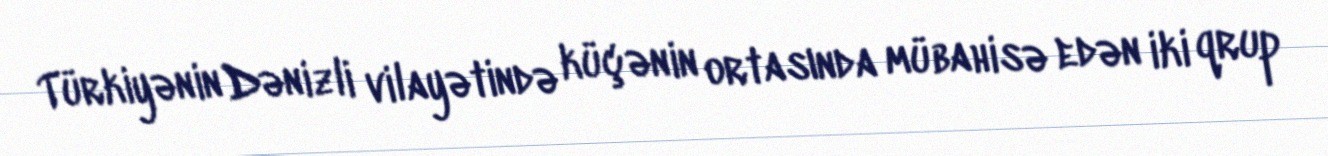
Türkiyənin Dənizli vilayətində küçənin ortasında mübahisə edən iki qrup